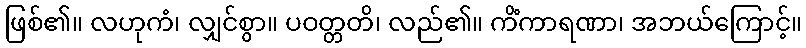
ဖြစ်၏။ လဟုကံ၊ လျှင်စွာ။ ပဝတ္တတိ၊ လည်၏။ ကိံကာရဏာ၊ အဘယ်ကြောင့်။